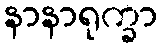
နာနာရုက္ခာ